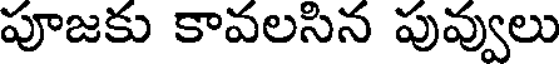
పూజకు కావలసిన పువ్వులు